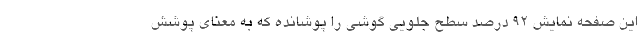
این صفحه نمایش 92 درصد سطح جلویی گوشی را پوشانده که به معنای پوشش